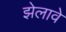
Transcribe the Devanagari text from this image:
झेलावे